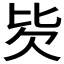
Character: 𰅢